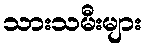
သားသမီးများ